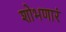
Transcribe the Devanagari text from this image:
शोभणारं